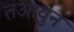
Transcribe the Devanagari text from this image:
तआवुन